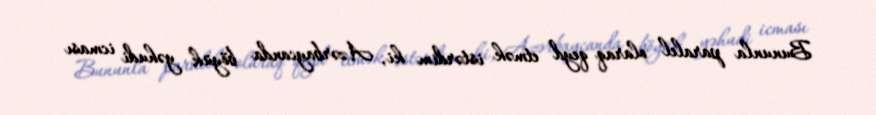
Bununla paralel olaraq qeyd etmək istərdim ki, Azərbaycanda böyük yəhudi icması